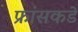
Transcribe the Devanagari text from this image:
फ्रांसकडे